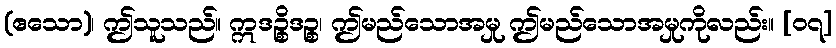
(ဧသော)၊ ဤသူသည်။ ဣဒဉ္စိဒဉ္စ၊ ဤမည်သောအမှု ဤမည်သောအမှုကိုလည်း။ [၀၇]